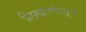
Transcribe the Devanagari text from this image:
लिखाणांतून